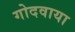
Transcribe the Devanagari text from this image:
गोदवाया